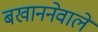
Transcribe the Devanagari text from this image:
बखाननेवाले